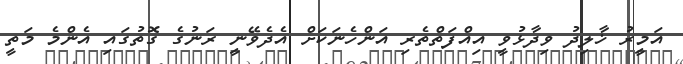
އަމީރު ޚާލިދު ވިދާޅުވީ އިއްފަތްތެރި އަންހެނަކަށް އެދެވޭނީ ރަނުގެ ގޮތުގައި އެންމެ މަތީ